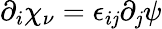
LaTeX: \partial_{i}\chi_{\nu}=\epsilon_{i\mathit{j}}\partial_{\mathit{j}}\psi